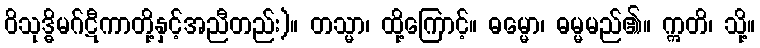
ဝိသုဒ္ဓိမဂ်ဋီကာတို့နှင့်အညီတည်း)။ တသ္မာ၊ ထို့ကြောင့်။ ဓမ္မော၊ ဓမ္မမည်၏။ ဣတိ၊ သို့။